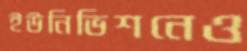
ইউনিভিশনেও